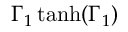
\Gamma _ { 1 } \operatorname { t a n h } ( \Gamma _ { 1 } )